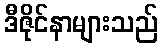
ဒီဇိုင်နာများသည်